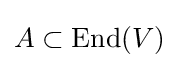
A\subset \operatorname {End} (V)